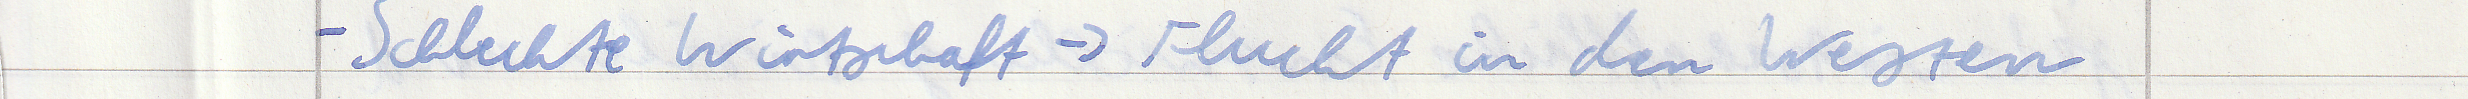
- Schlechte Wirtschaft -> Flucht in den Westen